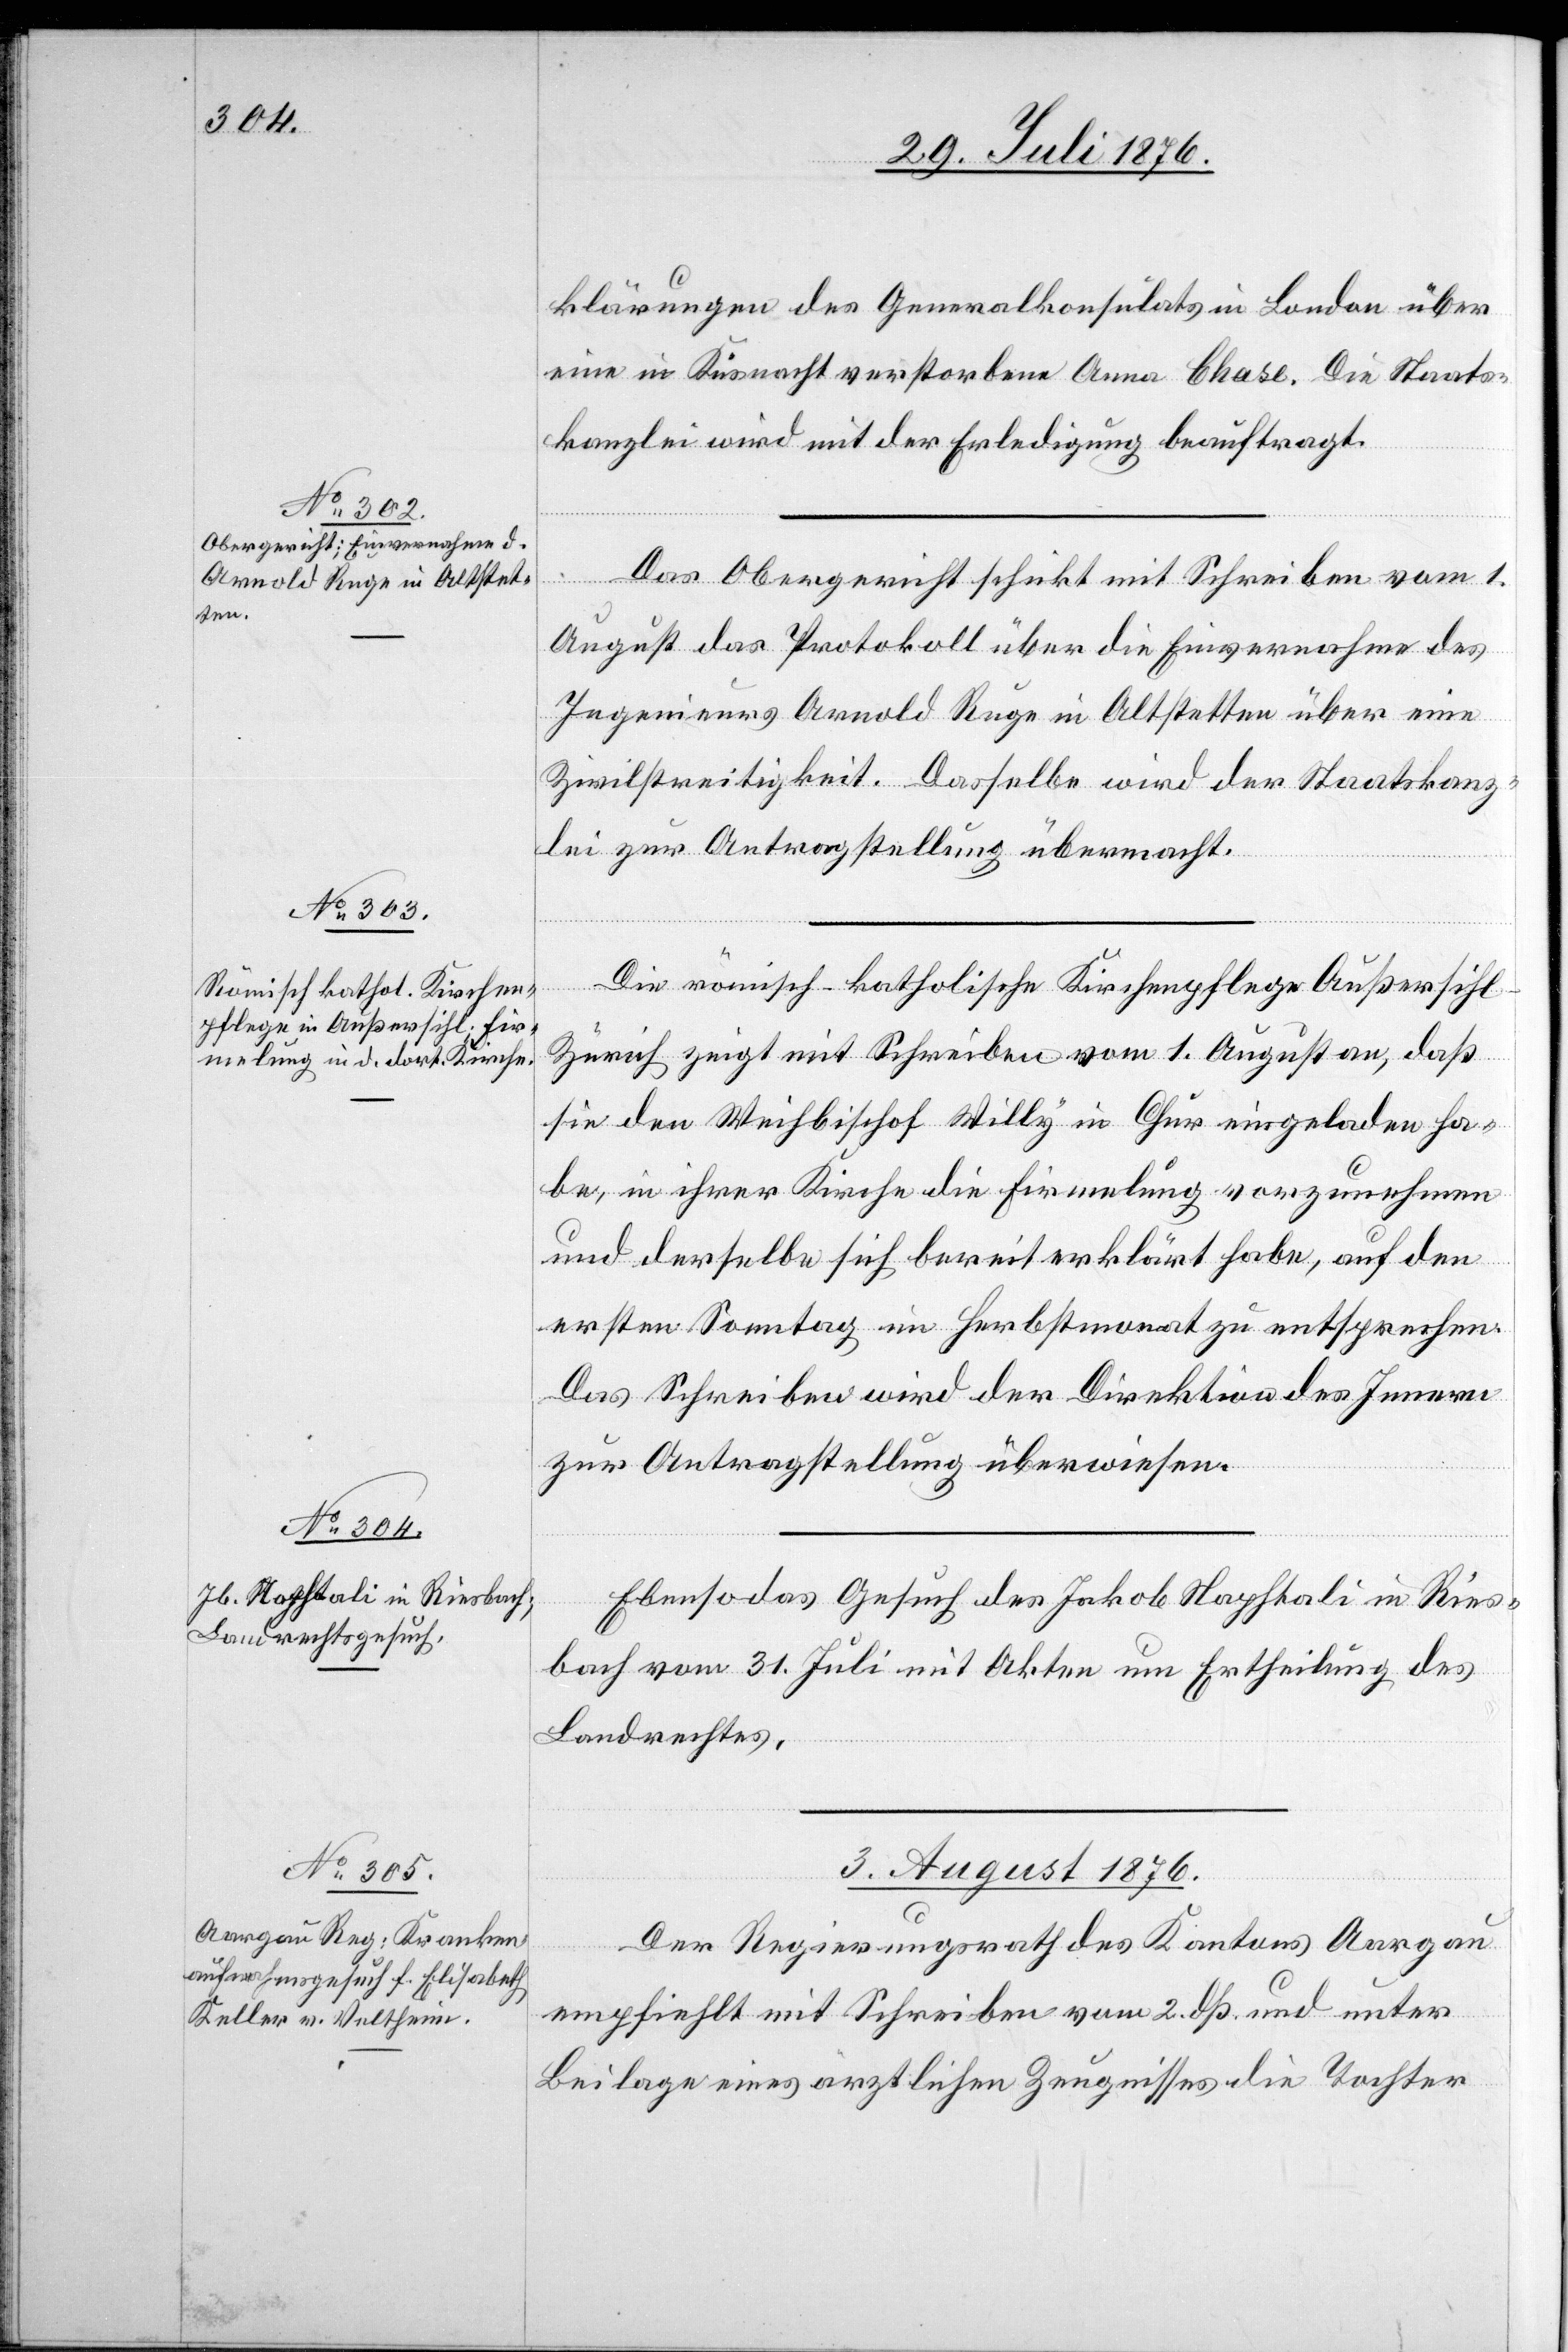
klärungen des Generalkonsulates in London über
eine in Küsnacht verstorbene Anna Chase. Die Staats¬
kanzlei wird mit der Erledigung beauftragt.
Das Obergericht schickt mit Schreiben vom 1.
August das Protokoll über die Einvernahme des
Ingenieurs Arnold Rege in Altstetten über eine
Zivilstreitigkeit. Dasselbe wird der Staatskanz¬
lei zur Antragstellung übermacht.
Die römisch-katholische Kirchenpflege Außersihl
Zürich zeigt mit Schreiben vom 1. August an, daß
sie den Weihbischof Willy in Chur eingeladen ha¬
be, in ihrer Kirche die Firmelung vorzunehmen
und derselbe sich bereit erklärt habe, auf den
ersten Sonntag im Herbstmonat zu entsprechen.
Das Schreiben wir der Direktion des Innern
zur Antragstellung überwiesen.
Ebenso das Gesuch des Jakob Naphtali in Ries¬
bach vom 31. Juli mit Akten um Ertheilung des
Landrechtes.
3. August 1876.
ungen
Der Regierungsrath des Kantons Aargau
empfiehlt mit Schreiben vom 2. dß. und unter
Beilage eines ärztlichen Zeugnisses die Tochter